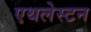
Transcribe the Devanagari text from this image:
एथलेस्टन